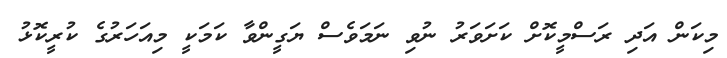
މިކަން އަދި ރަސްމީކޮށް ކަށަވަރު ނުވި ނަމަވެސް ޔަގީންވާ ކަމަކީ މިއަހަރުގެ ކުރީކޮޅު